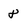
Character: 8